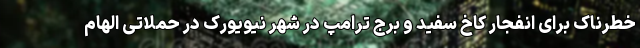
خطرناک برای انفجار کاخ سفید و برج ترامپ در شهر نیویورک در حملاتی الهام